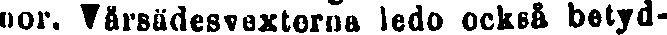
nor. Värsädesvexterna ledo också betyd-